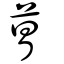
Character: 萺